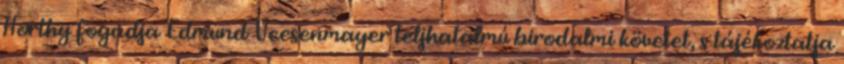
Horthy fogadja Edmund Veesenmayer teljhatalmú birodalmi követet, s tájékoztatja